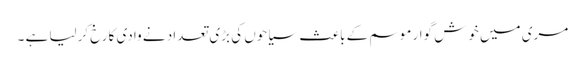
مری میں خوش گوار موسم کے باعث سیاحوں کی بڑی تعداد نے وادی کا رخ کرلیا ہے ۔